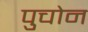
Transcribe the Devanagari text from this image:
पुचोन